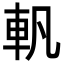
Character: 軓